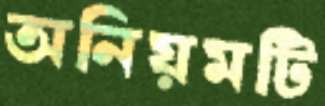
অনিয়মটি